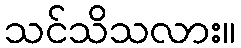
သင်သိသလား။